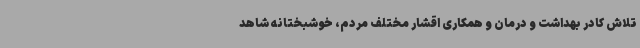
تلاش کادر بهداشت و درمان و همکاری اقشار مختلف مردم، خوشبختانه شاهد